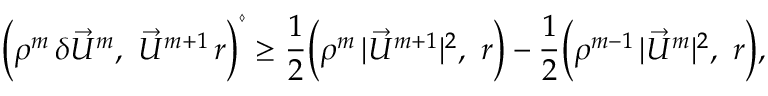
\Bigl ( \rho ^ { m } \, \delta \vec { U } ^ { m } , ~ \vec { U } ^ { m + 1 } \, r \Bigr ) ^ { \diamond } \geq \frac { 1 } { 2 } \Bigl ( \rho ^ { m } \, | \vec { U } ^ { m + 1 } | ^ { 2 } , ~ r \Bigr ) - \frac { 1 } { 2 } \Bigl ( \rho ^ { m - 1 } \, | \vec { U } ^ { m } | ^ { 2 } , ~ r \Bigr ) ,